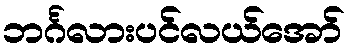
ဘင်္ဂလားပင်လယ်အော်